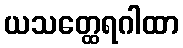
ယသတ္ထေရဂါထာ